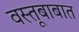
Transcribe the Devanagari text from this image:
वस्तूबाबात